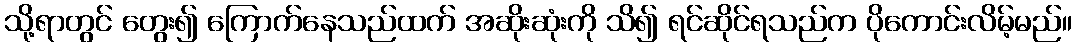
သို့ရာတွင် တွေး၍ ကြောက်နေသည်ထက် အဆိုးဆုံးကို သိ၍ ရင်ဆိုင်ရသည်က ပိုကောင်းလိမ့်မည်။